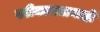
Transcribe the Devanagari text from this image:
स्वीकारतानाही